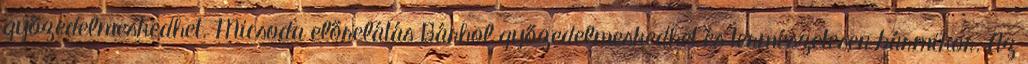
győzedelmeskedhet. Micsoda előrelátás Bárhol győzedelmeskedhet és természetesen bármikor. Az